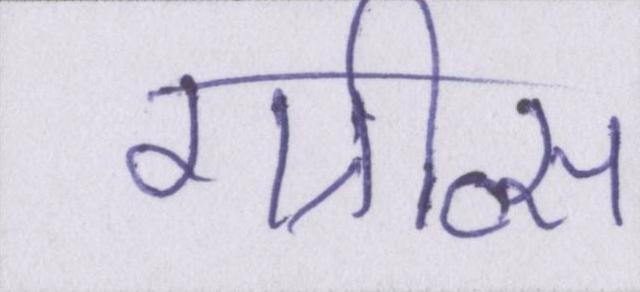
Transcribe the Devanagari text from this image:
ग्रीव्स